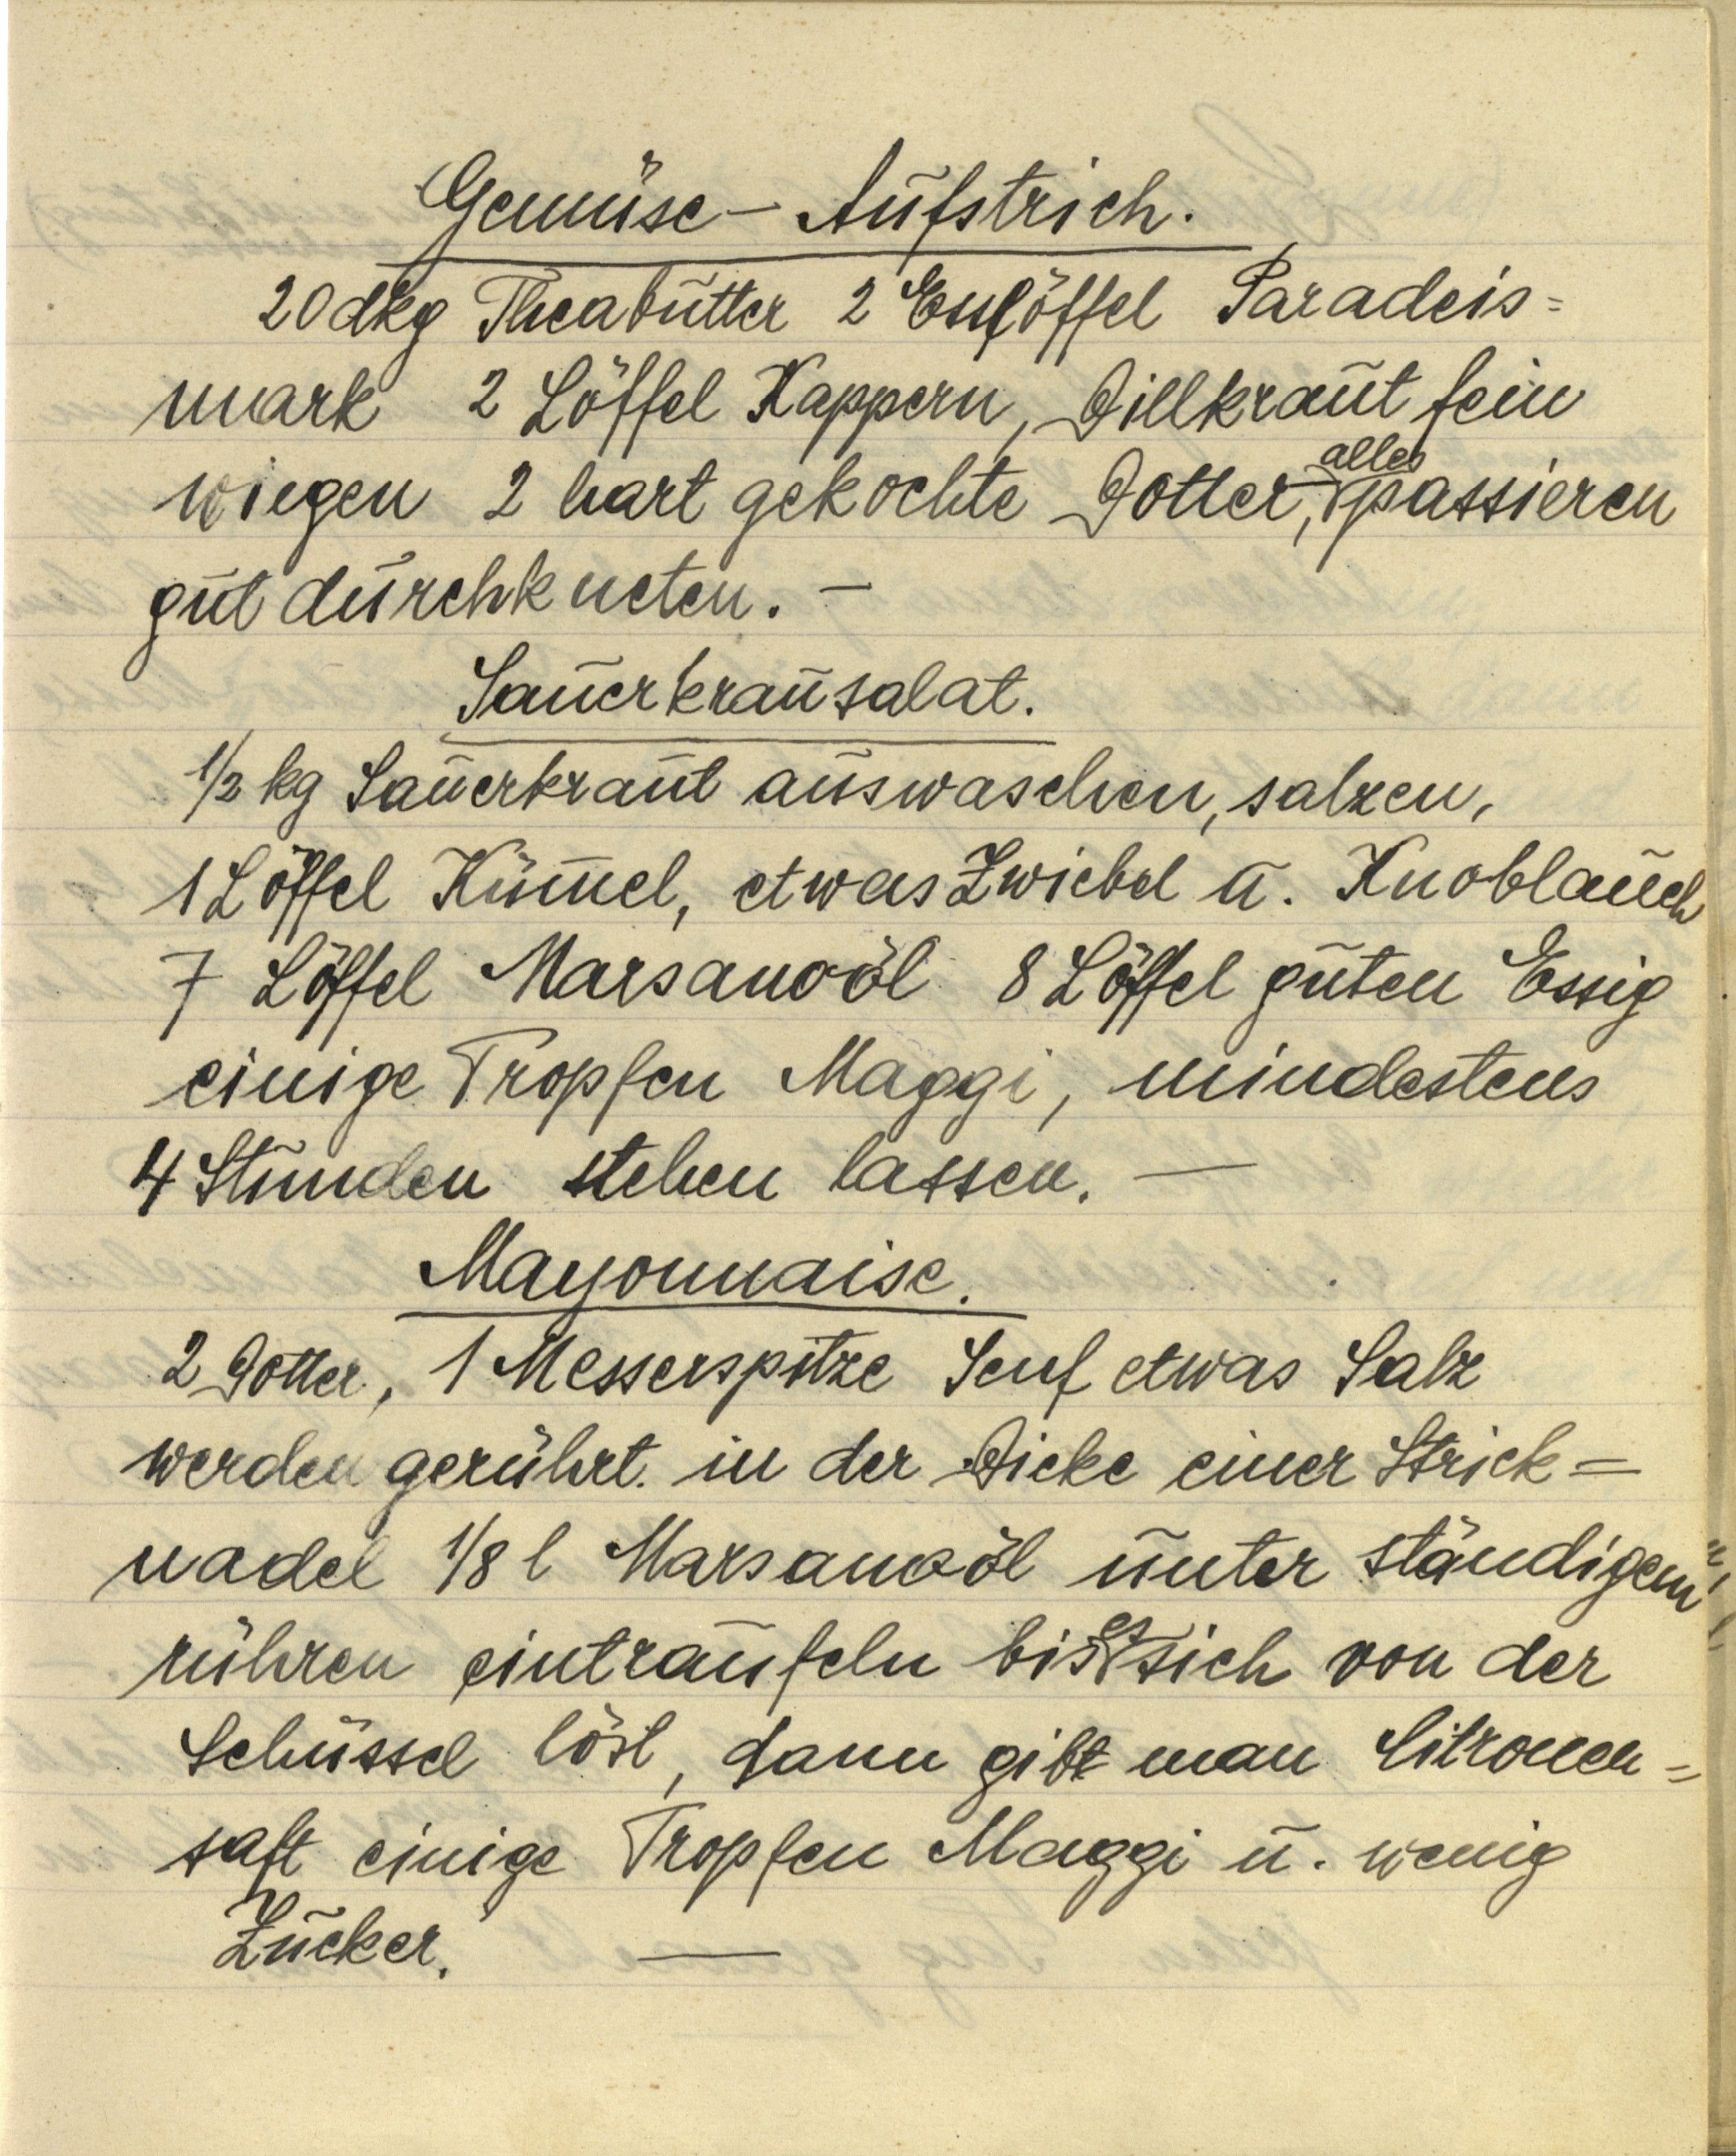
Gemüse — Aufstrich.
20 dkg Theabutter 2 Esslöffel Paradeis¬
mark 2 Löffel Kappern, Dillkraut fein
wiegen 2 hart gekochte Dotter, alles passieren
gut durchkneten. —

Sauerkrautsalat.
½ kg Sauerkraut auswaschen, salzen,
1 Löffel Kümmel, etwas Zwiebel u. Knoblauch
7 Löffel Marsanoöl 8 Löffel guten Essig
einige Tropfen Maggi, mindestens
4 Stunden stehen lassen. —

Mayonnaise.
2 Dotter, 1 Messerspitze Senf etwas Salz
werden gerührt in der Dicke einer Strick¬
nadel ⅛ l Marsanoöl unter ständigem
rühren einträufeln bis es sich von der
Schüssel löst, dann gibt man Citronen¬
saft einige Tropfen Maggi u. wenig
Zucker. —